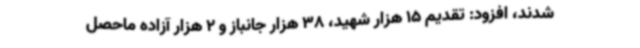
شدند، افزود: تقدیم 15 هزار شهید، 38 هزار جانباز و 2 هزار آزاده ماحصل